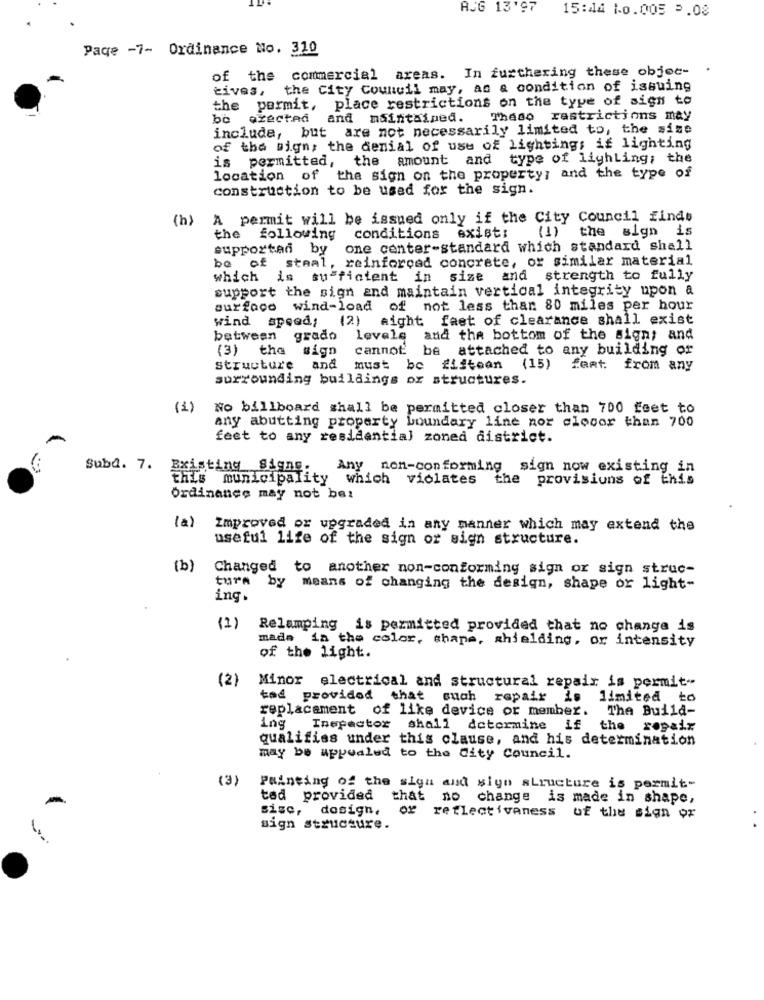
AUG 13'97
15:44 10.005 0.08
Paqe -7- Ordinance No. 310
of the commercial areas. In furthering these objec-
tives, the City Council may, as a condition of issuing
the permit, place restrictions on the type of sigs to
bo
exectad
and maintained.
These restrictions may
include, but are not necessarily limited to, the sise
of the sign, the denial of use of lighting; if lighting
is permitted,
the amount and type of lighLing; the
location of the sign on the property; and the type of
construction to be used for the sign.
(h)
A permit will be issued only if the City Council finds
the following
conditions exist;
(1) the sign is
supported by
one center-standard which standard shall
bo of staal, reinforced concrete, or similar material
which is sufficient in size and strength to fully
support the sign and maintain vertical integrity upon a
surface wind-load of not less than 80 miles per hour
wind speed; (2) aight faet of clearance shall exist
between grado
levele and the bottom of the sign; and
(3) the sign
cannot be attached to any building or
structure
and
must be fifteen (15)
fert. from any
surrounding buildings or structures.
(1)
No billboard shall be permitted closer than 700 feet to
any abutting property boundary line nor olecor than 700
feet to any residential zoned district.
Suba. 7.
Existing Signs.
Any non-conforming sign now existing in
municipality which violates the provisions of this
Ordinance may not be:
(a)
Improved or upgraded in any manner which may extend the
useful life of the sign or sign structure.
(b)
Changed to another non-conforming sign or sign struc-
tura by means of changing the design, shape or light-
ing.
(1)
Relamping is permitted provided that no change is
made in the color, shape, shielding, or intensity
of the light.
(2)
Minor electrical and structural repair is permit --
tad provided that such repair is
limited to
replacement of like device or member.
The Build-
ing
Inepector shall determine if
the
qualifies under this clause, and his determination
may be appealed to the City Council.
(3)
Painting of the sign and siyo structure is permit-
ted provided that no change is made in shape,
sisc, design.
of reflectiveness of the sign or
sign structure.